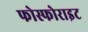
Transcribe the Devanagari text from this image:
फोस्फोराइट